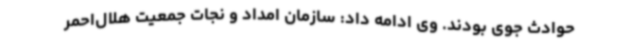
حوادث جوی بودند. وی ادامه داد: سازمان امداد و نجات جمعیت هلال‌احمر